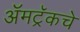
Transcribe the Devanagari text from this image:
ॲमट्रॅकचे